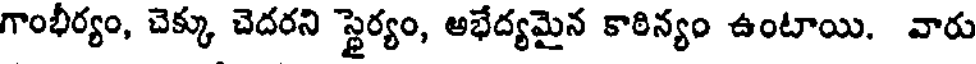
గాంభీర్యం, చెక్కు చెదరని స్థైర్యం, అభేద్యమైన కాఠిన్యం ఉంటాయి. వారు